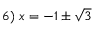
6 ) \ x = - 1 \pm { \sqrt { 3 } }